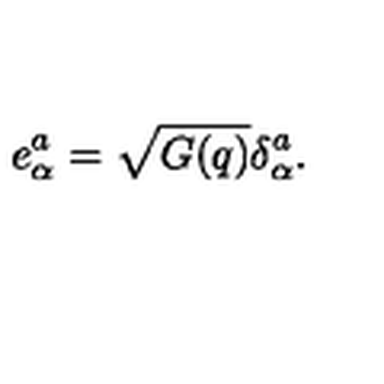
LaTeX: e _ { \alpha } ^ { a } = \sqrt { G ( q ) } \delta _ { \alpha } ^ { a } .